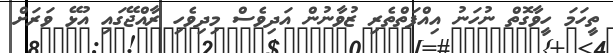
ތީހަމަ ހީވާގޮތް ނުހަނު އިއްފަތްތެރި ޒުވާނުން އަދިވެސް މިދިވެހި ރާއްޖޭގައި އުޅޭ ވަރަށް